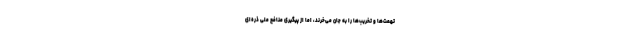
تهمت‌ها و تخریب‌ها را به جان می‌خرند، اما از پیگیری منافع ملی ذره‌ای